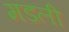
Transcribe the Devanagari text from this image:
मडली